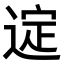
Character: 𫐲